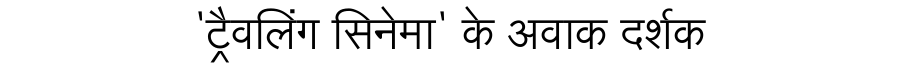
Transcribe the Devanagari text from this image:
'ट्रैवलिंग सिनेमा' के अवाक दर्शक